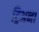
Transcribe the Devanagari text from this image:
ट्रिअना